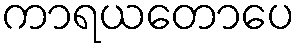
ကာရယတောပေ